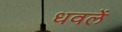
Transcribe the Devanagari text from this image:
धवलें